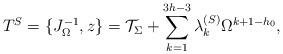
LaTeX: \begin{align*}T^S=\{J_\Omega^{-1},z\}={\cal T}_\Sigma+\sum_{k=1}^{3h-3}\lambda_k^{(S)}\Omega^{k+1-h_0},\end{align*}